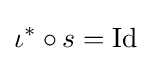
\iota ^{*}\circ s=\mathrm {Id}